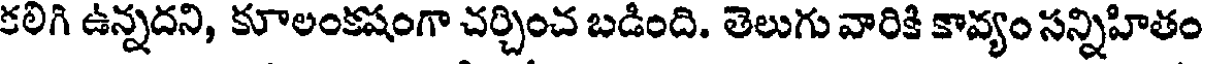
కలిగి ఉన్నదని, కూలంకషంగా చర్చించ బడింది. తెలుగు వారికి కావ్యం సన్నిహితం